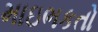
માઇભકતો